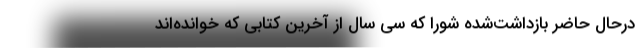
درحال حاضر بازداشت‌شده شورا که سی سال از آخرین کتابی که خوانده‌اند